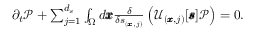
\begin{array} { r } { \partial _ { t } \mathcal { P } + \sum _ { j = 1 } ^ { d _ { s } } \int _ { \Omega } d \pmb { x } \frac { \delta } { \delta \mathscr { s } _ { ( \pmb { x } , j ) } } \left( \mathcal { U } _ { ( \pmb { x } , j ) } [ \pmb { \mathscr { s } } ] \mathcal { P } \right) = 0 . } \end{array}